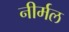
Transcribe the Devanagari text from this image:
नीर्मल